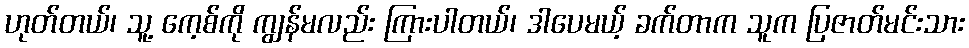
ဟုတ်တယ်၊ သူ့ ကေ့စ်ကို ကျွန်မလည်း ကြားပါတယ်၊ ဒါပေမယ့် ခက်တာက သူက ပြဇာတ်မင်းသား